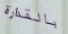
بالقذارة